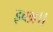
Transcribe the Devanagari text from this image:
इच्‍छा।।